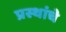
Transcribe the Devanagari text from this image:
प्रस्थांचे